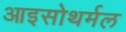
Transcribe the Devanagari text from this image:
आइसोथर्मल